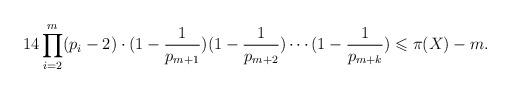
LaTeX: \begin{align*}14\prod_{i=2}^{m}(p_i-2)\cdot(1-\frac{1}{p_{m+1}})(1-\frac{1}{p_{m+2}})\cdots(1-\frac{1}{p_{m+k}})\leqslant\pi(X)-m.\end{align*}